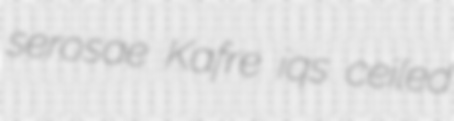
serosae Kafre iqs ceiled